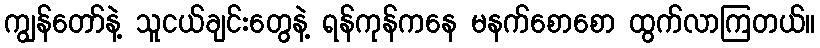
ကျွန်တော်နဲ့ သူငယ်ချင်းတွေနဲ့ ရန်ကုန်ကနေ မနက်စောစော ထွက်လာကြတယ်။